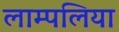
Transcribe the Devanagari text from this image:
लाम्पलिया